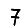
Digit: 7